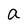
Character: a